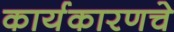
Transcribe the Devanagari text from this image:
कार्यकारणचे